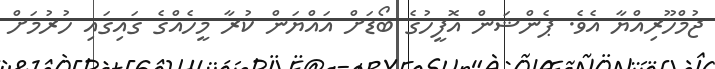
ޖުމްހޫރިއްޔާ އެވެ. ޕެންޝަން އޮފީހުގެ ބޯޑަށް އައްޔަން ކުރާ މީހެއްގެ ގައިގައި ހުރުމަށް